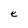
Character: e